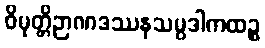
ဝိမုတ္တိဉာဏဒဿနသမ္ပဒါကထဉ္စ